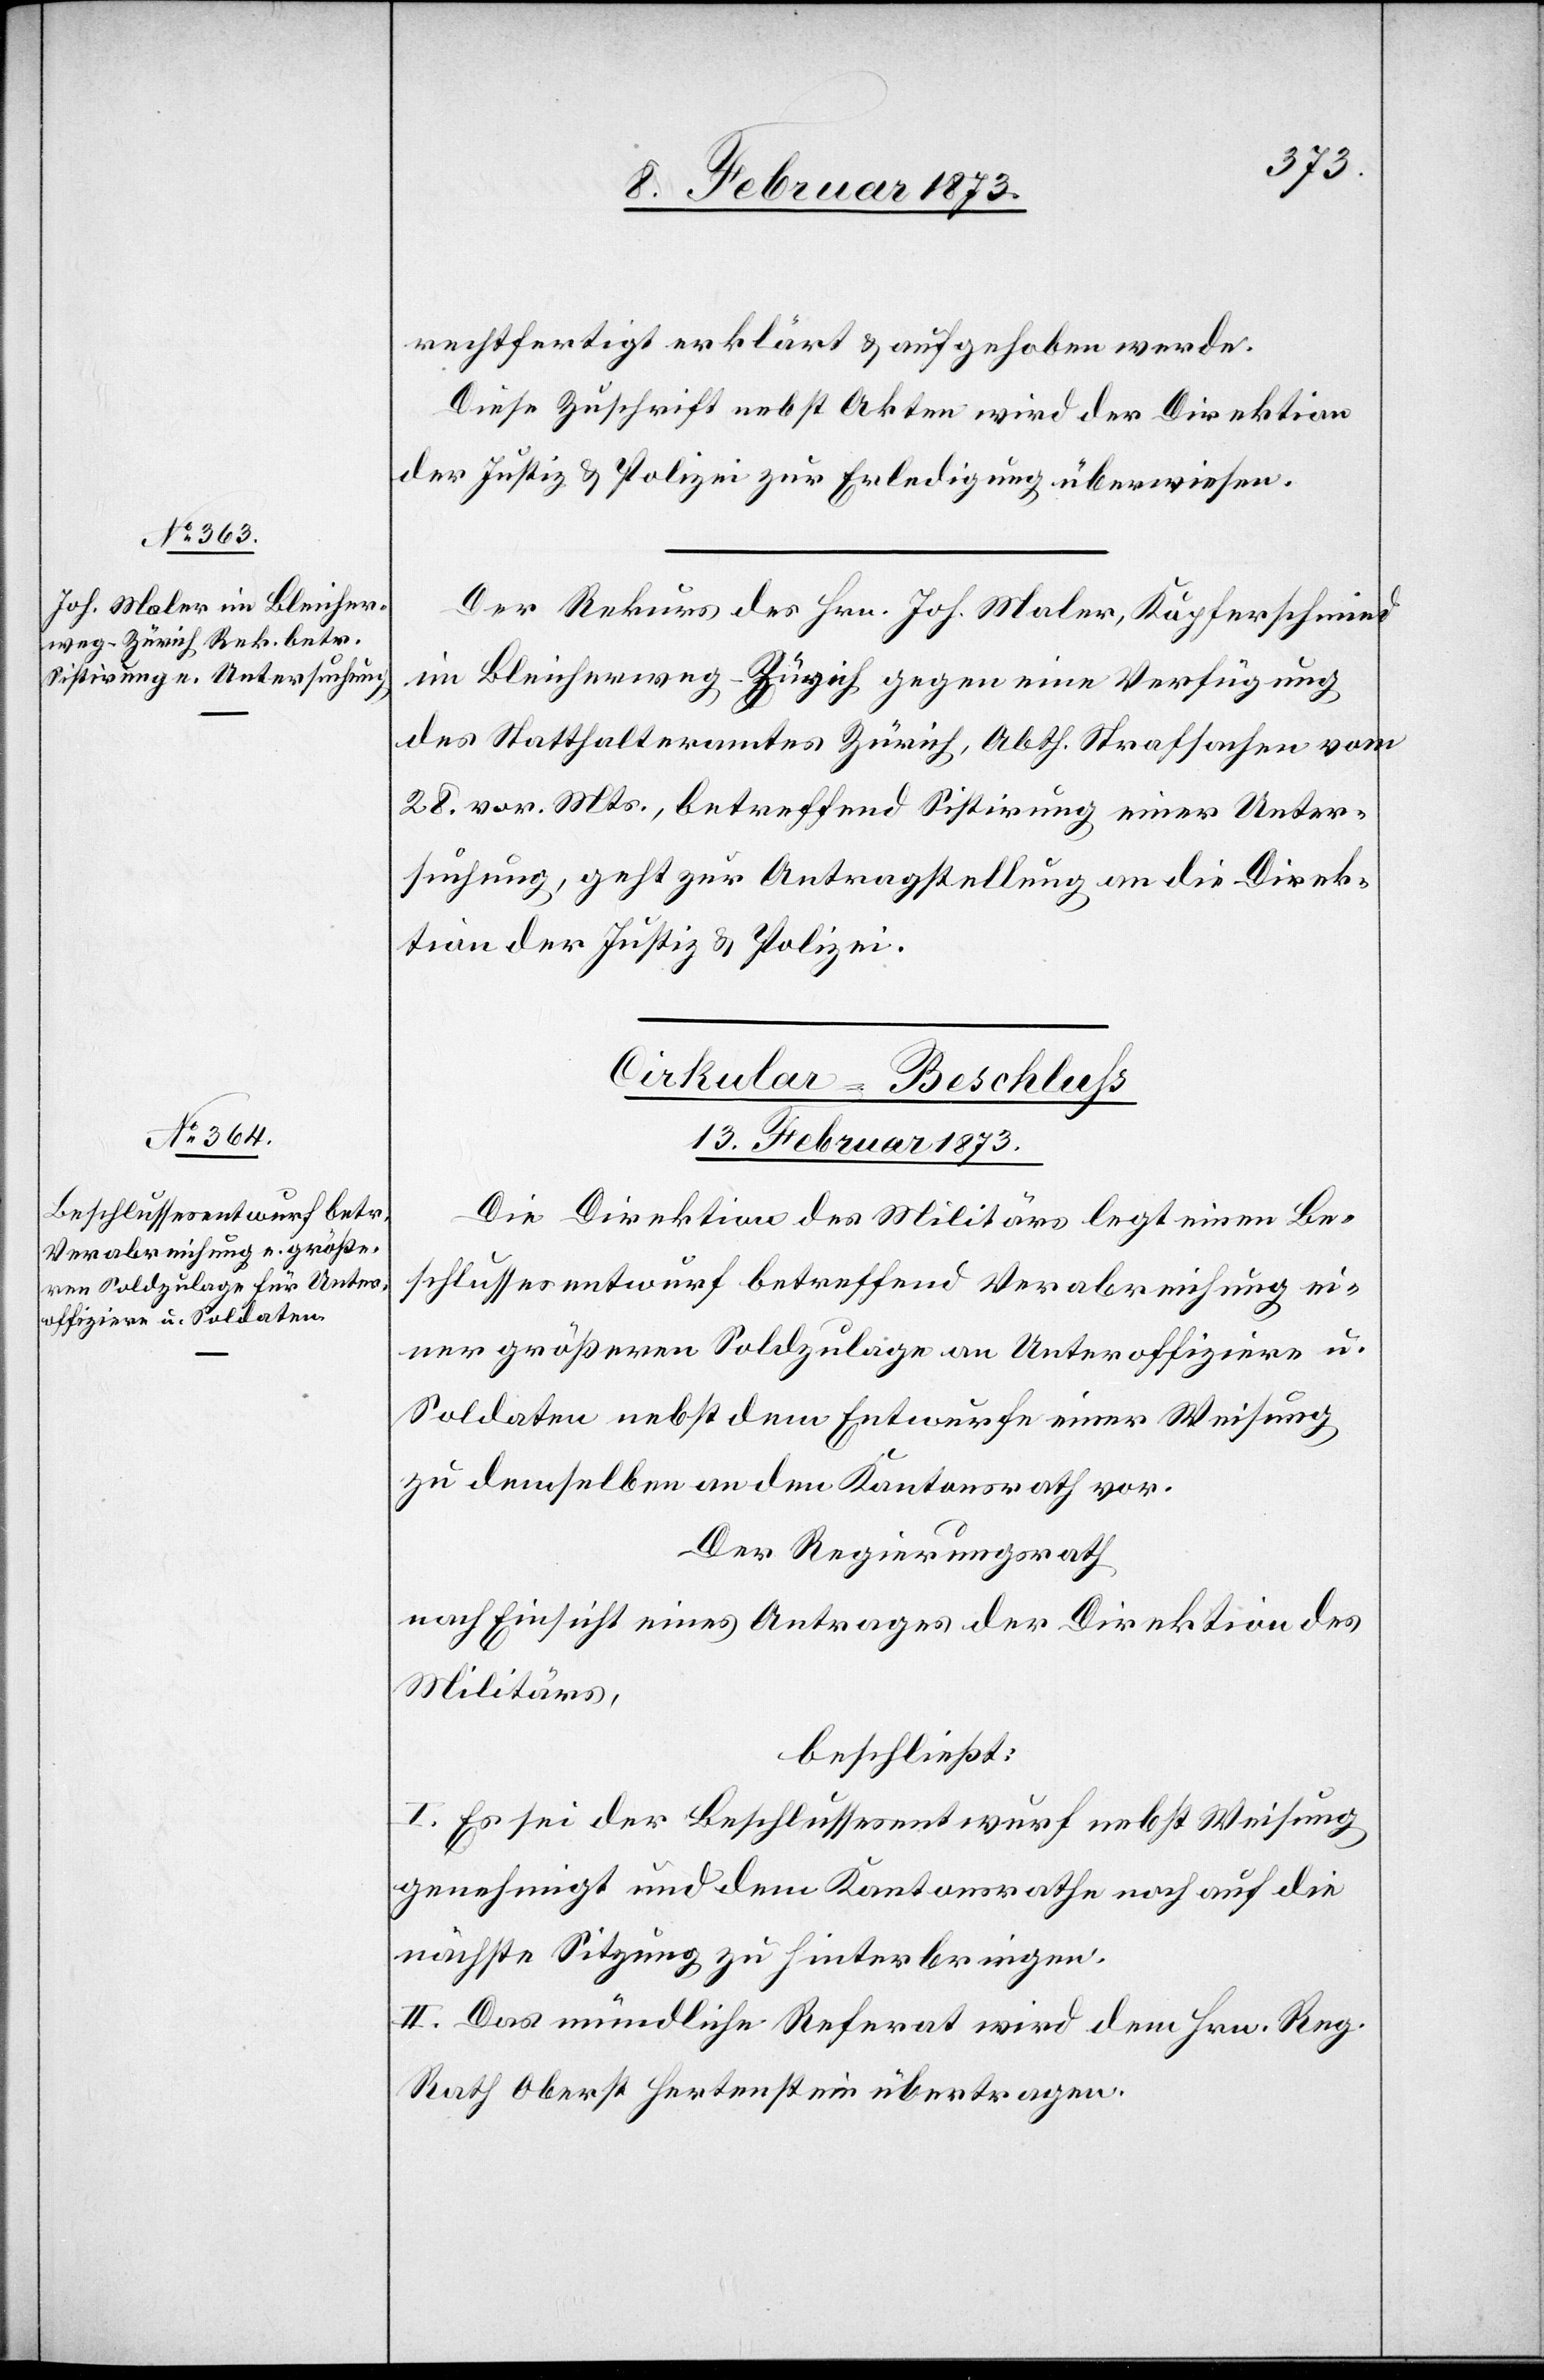
rechtfertigt erklärt u. aufgehoben werde.
Diese Zuschrift nebst Akten wird der Direktion
der Justiz u. Polizei zur Erledigung überwiesen.
Der Rekurs des Hrn. Joh. Maler, Kupferschmied
im Bleicherweg-Zürich gegen eine Verfügung
des Statthalteramtes Zürich, Abth. Strafsachen vom
28. vor. Mts., betreffend Sistirung einer Unter¬
suchung, geht zur Antragstellung an die Direk¬
tion der Justiz u. Polizei.
Cirkular-Beschluß
13. Februar.
Die Direktion des Militärs legt einen Be¬
schlussesentwurf betreffend Verabreichung ei¬
ner größeren Soldzulage an Unteroffiziere u.
Soldaten nebst dem Entwurfe einer Weisung
zu demselben an den Kantonsrath vor.
Der Regierungsrath
nach Einsicht eines Antrages der Direktion des
Militärs,
beschließt:
I. Es sei der Beschlussesentwurf nebst Weisung
genehmigt und dem Kantonsrathe noch auf die
nächste Sitzung zu hinterbringen.
II. Das mündliche Referat wird dem Hrn. Reg.
Rath Oberst Hertenstein übertragen.